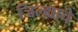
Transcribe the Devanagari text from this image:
जिल्ह्या्चे